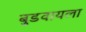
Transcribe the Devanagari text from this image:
बुडवायला